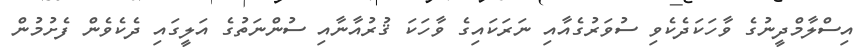
އިސްލާމްދީނުގެ ވާހަކަދެކެވި ސުވަރުގެއާއި ނަރަކައިގެ ވާހަކަ ޤުރުއާނާއި ސުންނަތުގެ އަލީގައި ދެކެވެން ފެށުމުން